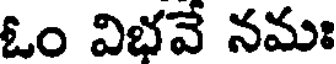
ఓం విభవే నమః